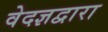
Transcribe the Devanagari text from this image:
वेदज्ञद्वारा